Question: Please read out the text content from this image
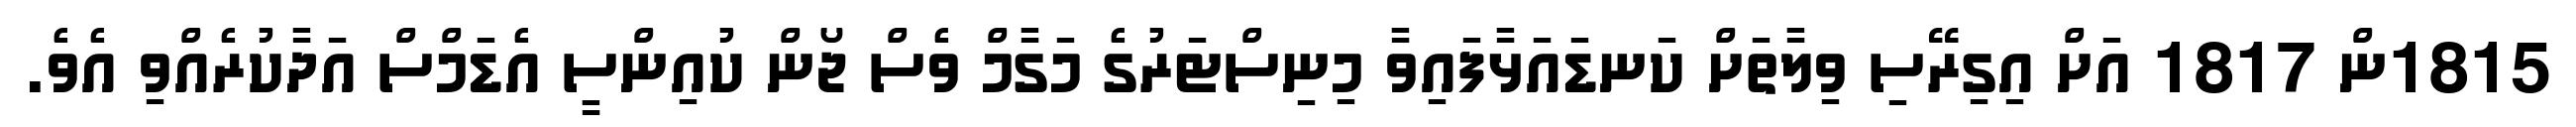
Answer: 1815ން 1817 އަށް އިގިރޭސި ވިލާތަށް ކަނޑައަޅާފައިވާ މިނިސްޓަރުގެ މަގާމް ވެސް ޖޯން ކުއިންސީ އެޑަމްސް އަދާކުރެއްވި އެވެ.